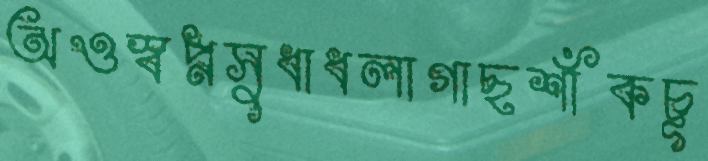
অওস্বপ্নসুধাধলাগাছশাঁকচূ